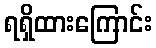
ရရှိထားကြောင်း